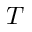
T